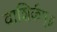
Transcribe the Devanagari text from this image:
वाशिर्कम्॥